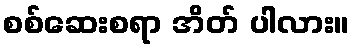
စစ်ဆေးစရာ အိတ် ပါလား။